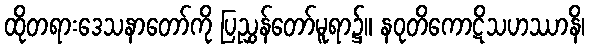
ထိုတရားဒေသနာတော်ကို ပြညွှန်တော်မူရာ၌။ နဝုတိကောဋိသဟဿာနိ၊